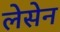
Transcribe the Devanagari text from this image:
लेसेन